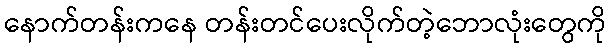
နောက်တန်းကနေ တန်းတင်ပေးလိုက်တဲ့ဘောလုံးတွေကို